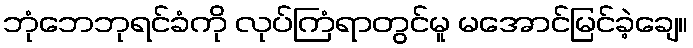
ဘုံဘေဘုရင်ခံကို လုပ်ကြံရာတွင်မူ မအောင်မြင်ခဲ့ချေ။